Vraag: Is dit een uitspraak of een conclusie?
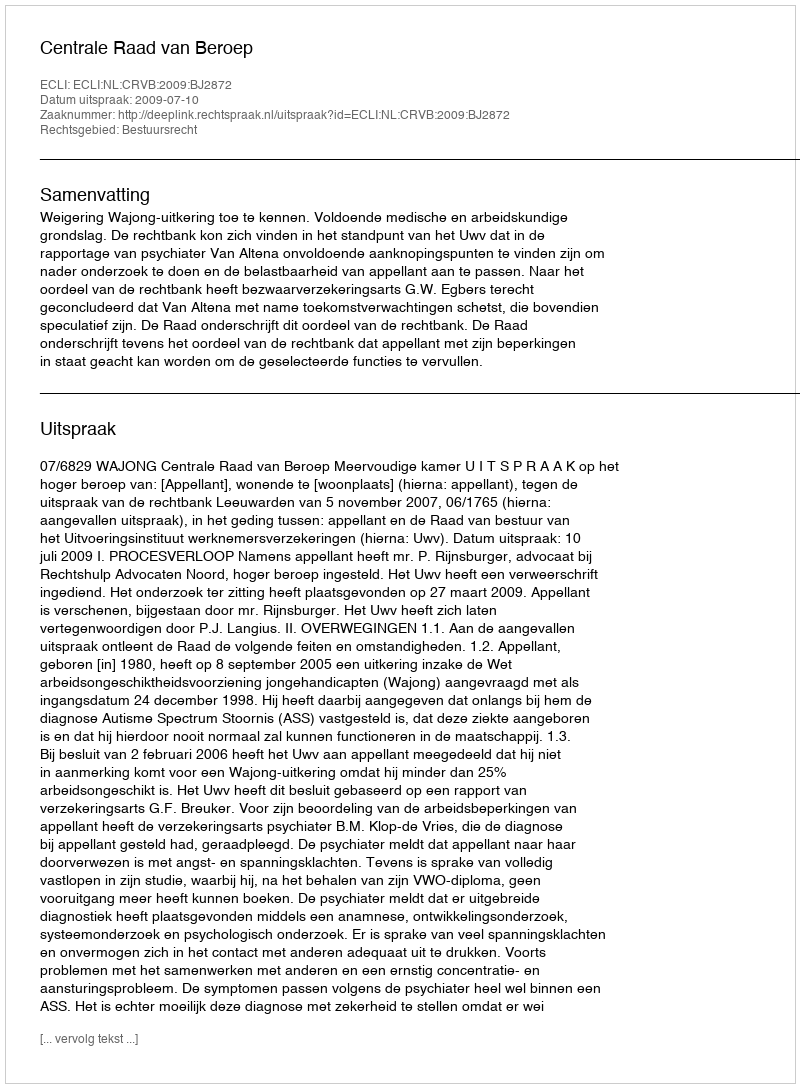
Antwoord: Uitspraak